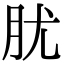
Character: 肬